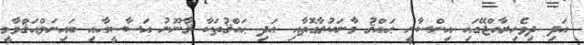
އަދި ދިވެހިރާއްޖޭގައި އިންސާނީ ޙައްޤު މާނަކުރާގޮތާއި އަދި ޙައްޤުތަކާ ޤާނޫނު އަސާސީއާއި ބައިނަލްއަޤްވާމީ